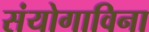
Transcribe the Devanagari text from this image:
संयोगाविना